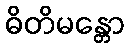
ဓိတိမန္တော